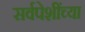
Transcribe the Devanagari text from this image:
सर्वपेशींच्या